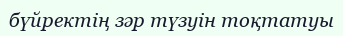
бүйректің зәр түзуін тоқтатуы